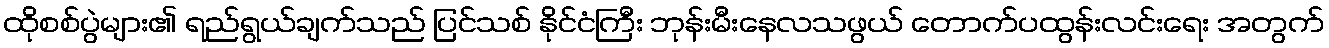
ထိုစစ်ပွဲများ၏ ရည်ရွယ်ချက်သည် ပြင်သစ် နိုင်ငံကြီး ဘုန်းမီးနေလသဖွယ် တောက်ပထွန်းလင်းရေး အတွက်